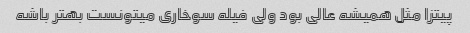
پیتزا مثل همیشه عالی بود ولی فیله سوخاری میتونست بهتر باشه